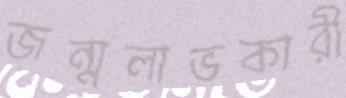
জন্মলাভকারী